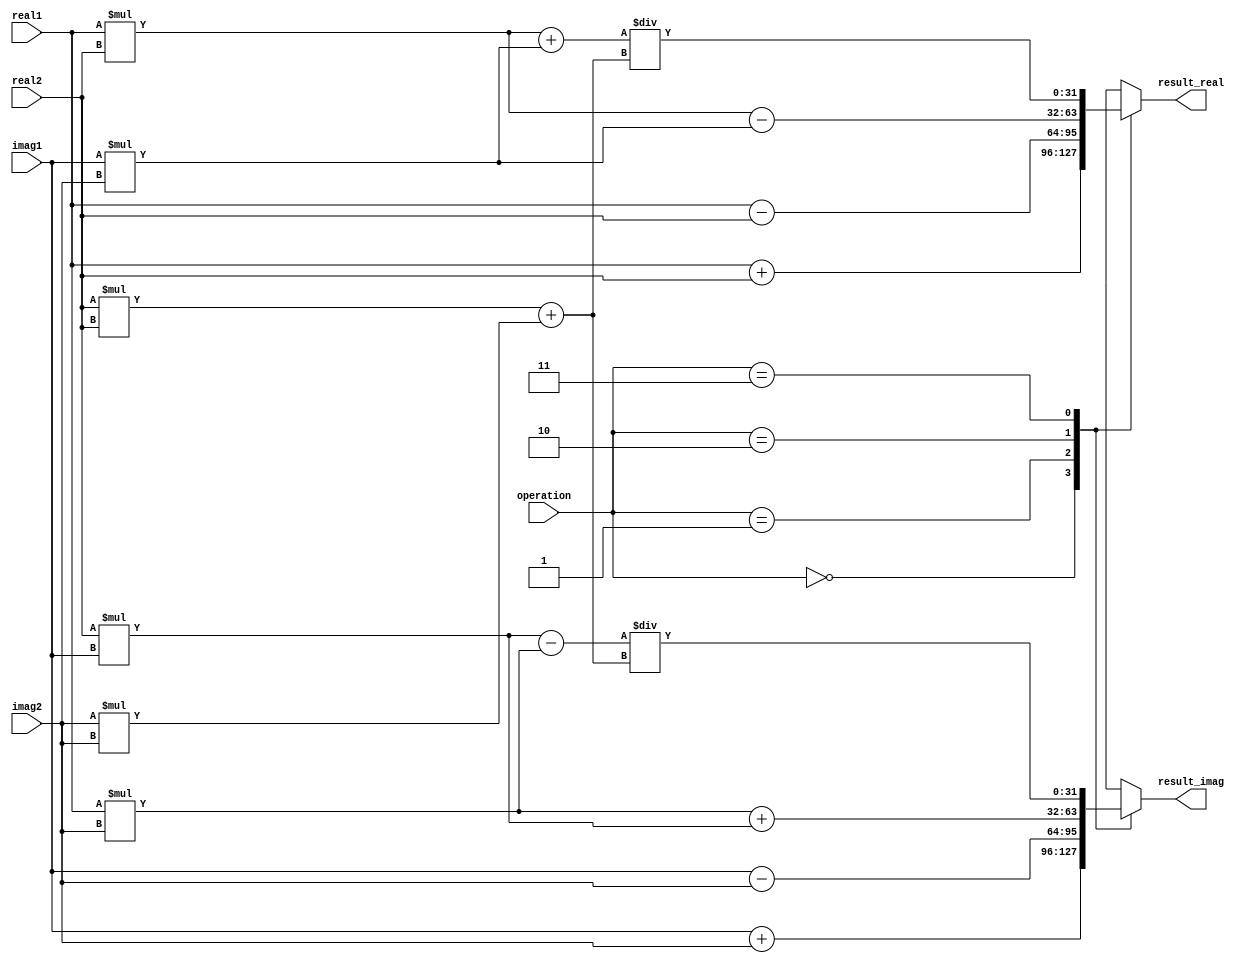
module ComplexALU (
    input [31:0] real1,
    input [31:0] imag1,
    input [31:0] real2,
    input [31:0] imag2,
    input [1:0]  operation, // 0: addition, 1: subtraction, 2: multiplication, 3: division
    output reg [31:0] result_real,
    output reg [31:0] result_imag
);

reg [31:0] temp_real, temp_imag;

always @(*)
begin
    case(operation)
        0: // Addition
        begin
            temp_real = real1 + real2;
            temp_imag = imag1 + imag2;
        end
        1: // Subtraction
        begin
            temp_real = real1 - real2;
            temp_imag = imag1 - imag2;
        end
        2: // Multiplication
        begin
            temp_real = (real1 * real2) - (imag1 * imag2);
            temp_imag = (real1 * imag2) + (real2 * imag1);
        end
        3: // Division
        begin
            temp_real = ((real1 * real2) + (imag1 * imag2)) / ((real2 * real2) + (imag2 * imag2));
            temp_imag = ((imag1 * real2) - (real1 * imag2)) / ((real2 * real2) + (imag2 * imag2));
        end
        default:
        begin
            $display("Invalid operation");
        end
    endcase
end

always @(*)
begin
    result_real = temp_real;
    result_imag = temp_imag;
end

endmodule